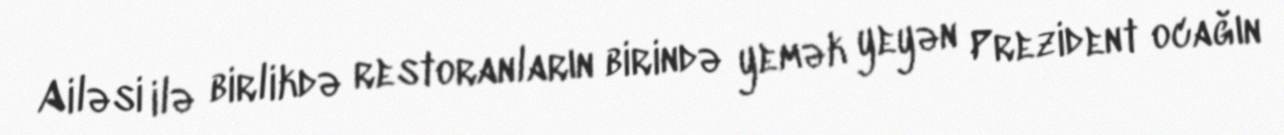
Ailəsi ilə birlikdə restoranların birində yemək yeyən Prezident ocağın